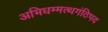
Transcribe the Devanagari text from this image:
अभिधम्मत्थगंठिपद